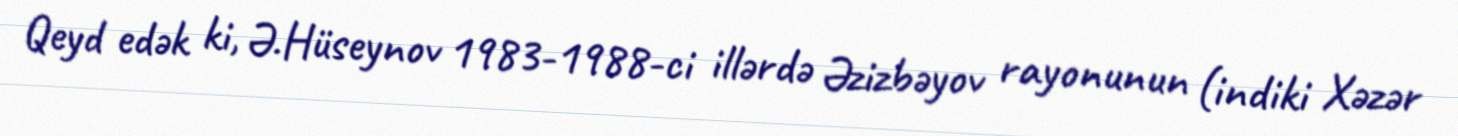
Qeyd edək ki, Ə.Hüseynov 1983-1988-ci illərdə Əzizbəyov rayonunun (indiki Xəzər